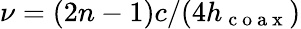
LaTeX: \nu=(2n-1)c/(4h_{\mathrm{~c~o~a~x~}})